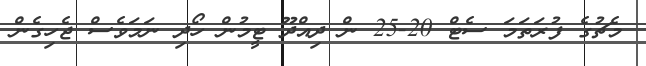
މެޗުގެ ފުރަތަމަ ސެޓް 20-25 ން ދިއްދޫ ޓީމުން ހޯދި ނަމަވެސް ޖެހިގެން